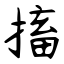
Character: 搐